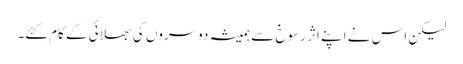
لیکن اس نے اپنے اثر رسوخ سے ہمیشہ دوسروں کی بھلائی کے کام کئے۔